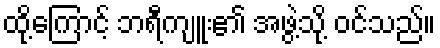
ထို့ကြောင့် ဘရီကျူး၏ အဖွဲ့သို့ ဝင်သည်။